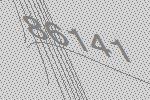
86141